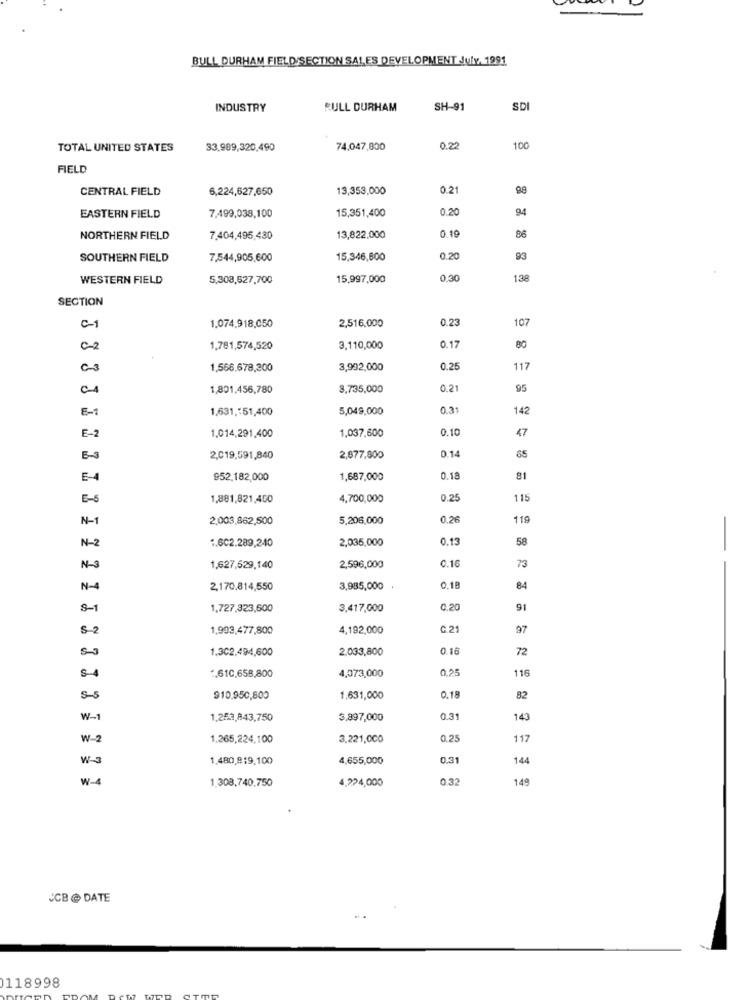
BULL DURHAM FIELD/SECTION SALES DEVELOPMENT July 1991
INDUSTRY
RULL DURHAM
SH-91
SDI
TOTAL UNITED STATES
33,989,320,490
74,047,800
0,22
100
FIELD
CENTRAL FIELD
6,224,627,650
13,353,000
0.21
15,351,400
0.20
94
EASTERN FIELD
7,499,038,100
0.19
NORTHERN FIELD
7.404,495,430
13,822,000
86
SOUTHERN FIELD
7.544,905,600
15,346,800
0.20
93
WESTERN FIELD
5,308,527,700
15,997,000
0.30
138
SECTION
2,516,000
0.23
107
1.074,918,050
C-2
1,781,574,520
3.110,000
0.17
80
03
1.566.678,200
3,992,000
0.25
117
1,801,456,780
8,735,000
0.21
95
E-
1,631 ,: 51,400
5,049,000
0.31
142
E-2
0.10
47
1.014,291,400
1,037,600
0.14
E-3
2,019,591,840
2,877,800
65
E-4
952,182,000
1,687,000
0.18
81
E-5
1,881,821,450
4,700,000
0.25
115
N-1
2,003,862,500
5,206,000
0.26
119
-
N-2
2,035,000
0.13
58
1.602.289,240
0.16
73
1,627,629,140
2,596,000
N-4
2,170.814,550
3,985,000
0,18
84
S-1
1,727,323,600
3,417,000
0.20
91
S-2
1,993,477,800
4,192,000
C.21
97
1.302,494,600
2.033,800
0.16
72
0,25
116
5-4
",610,658,800
4,073,000
5-
910.950,800
1,631,000
0.18
82
w-
1.253,843,750
3,897,000
0.31
143
W-2
1.265,224,100
3,221,000
0.25
117
W-3
1.480,819,100
4,655,000
0.31
144
1.308,740.750
4,224,000
0.32
149
JCB @ DATE
118998